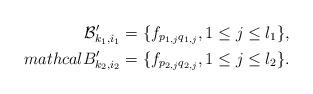
LaTeX: \begin{align*}\mathcal{B}'_{k_1,i_1}=\{f_{p_{1,j}q_{1,j}}, 1 \leq j \leq l_1\},\\mathcal{B}'_{k_2,i_2}=\{f_{p_{2,j}q_{2,j}}, 1 \leq j \leq l_2\}.\end{align*}